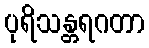
ပုရိသန္တရဂတာ